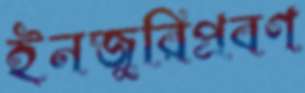
ইনজুরিপ্রবণ